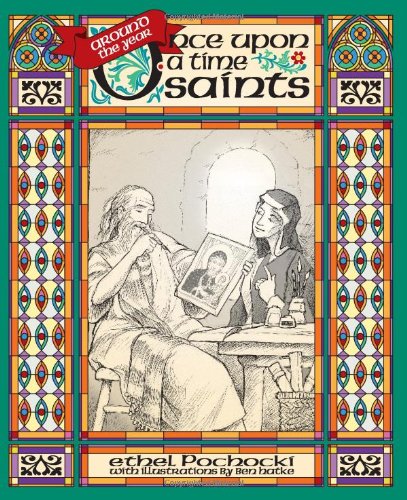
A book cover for Around the Year: Once Upon a Time Saints; Ethel Pochocki; Children's Books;